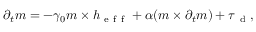
\partial _ { t } \boldsymbol { m } = - \gamma _ { 0 } \boldsymbol { m } \times \boldsymbol { h } _ { \mathrm { ~ e ~ f ~ f ~ } } + \alpha ( \boldsymbol { m } \times \partial _ { t } \boldsymbol { m } ) + \boldsymbol { \tau } _ { \mathrm { ~ d ~ } } ,